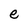
Character: e